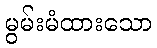
မွမ်းမံထားသော